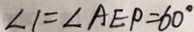
\angle 1 = \angle A E P = 6 0 ^ { \circ }